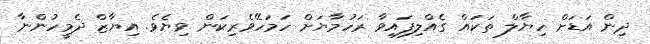
ދިން އަޑަށް ހިޔާލް ތަކައް ގެއްލިފައިވާ ރަހުމާޔަށް ހަމަހޭވެރިކަން ވިޔެވެ. އިޔާޒް ދެމީހުންނާ